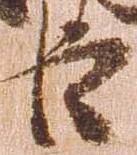
臣